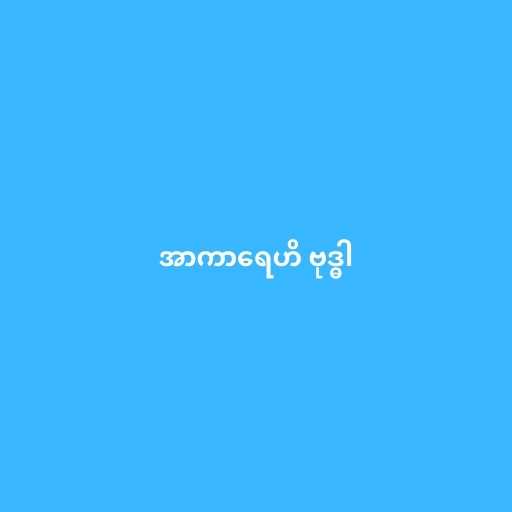
အာကာရေဟိ ဗုဒ္ဓါ